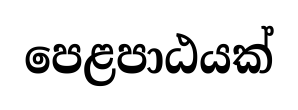
පෙළපාඨයක්